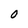
Character: O